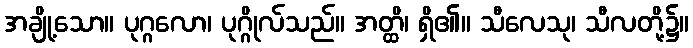
အချို့သော။ ပုဂ္ဂလော၊ ပုဂ္ဂိုလ်သည်။ အတ္ထိ၊ ရှိ၏။ သီလေသု၊ သီလတို့၌။